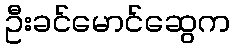
ဦးခင်မောင်ဆွေက